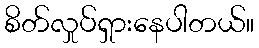
စိတ်လှုပ်ရှားနေပါတယ်။